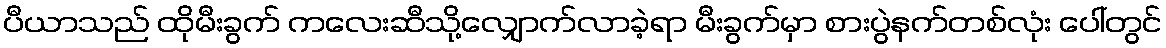
ပီယာသည် ထိုမီးခွက် ကလေးဆီသို့လျှောက်လာခဲ့ရာ မီးခွက်မှာ စားပွဲနက်တစ်လုံး ပေါ်တွင်